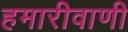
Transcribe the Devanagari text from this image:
हमारीवाणी